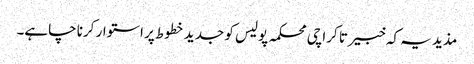
مذید یہ کہ خبیر تا کراچی محکمہ پولیس کو جدید خطوط پر استوار کرنا چاہے۔